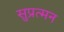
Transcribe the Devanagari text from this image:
सुप्रत्मन